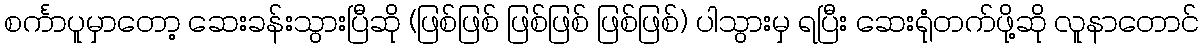
စင်္ကာပူမှာတော့ ဆေးခန်းသွားပြီဆို (ဖြစ်ဖြစ် ဖြစ်ဖြစ် ဖြစ်ဖြစ်) ပါသွားမှ ရပြီး ဆေးရုံတက်ဖို့ဆို လူနာတောင်